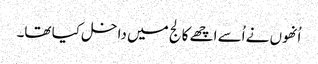
اُنھوں نے اُسے اچھے کالج میں داخل کیا تھا۔